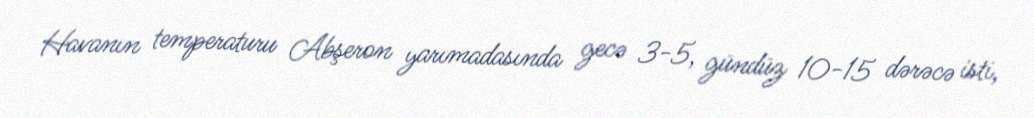
Havanın temperaturu Abşeron yarımadasında gecə 3-5, gündüz 10-15 dərəcə isti,